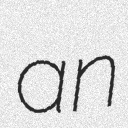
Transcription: an